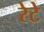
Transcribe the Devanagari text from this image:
रेटे